Vabadussoja_Ajaloo_Komitee, lk 107
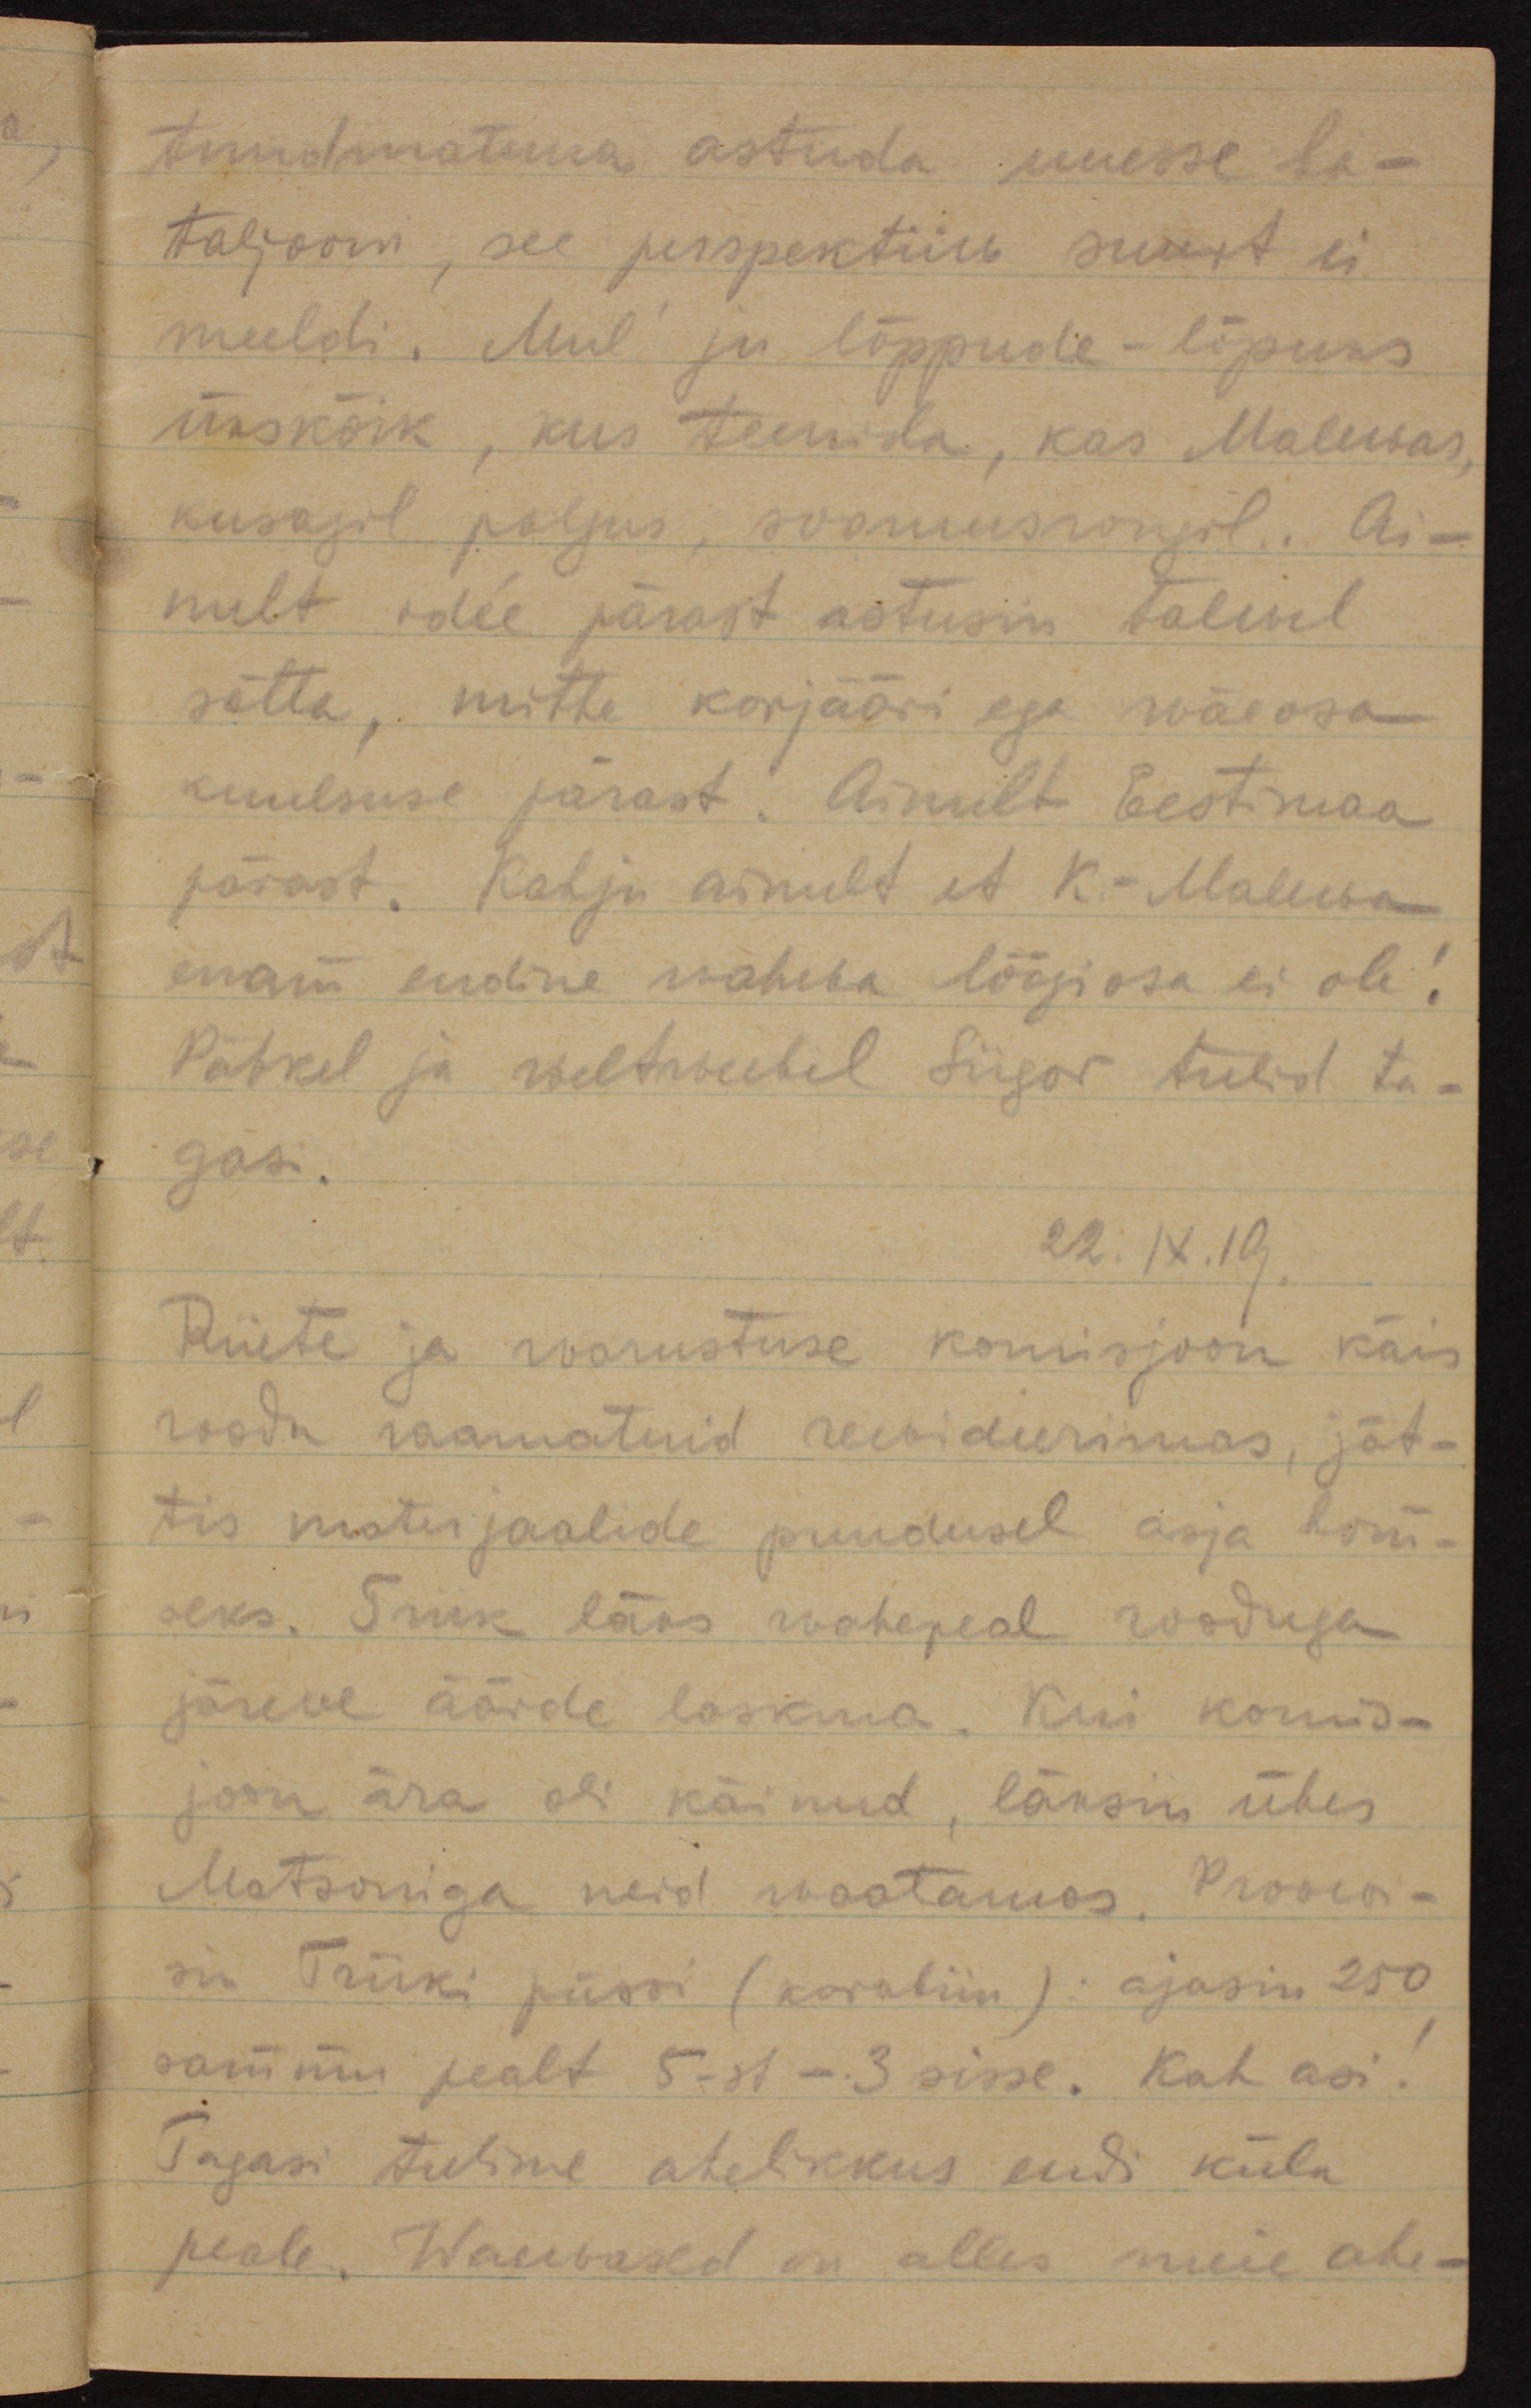
tundmatuna astuda uuesse ba-
taljooni, see perspektiiw suurest ei
meeldi. Mul ju lõppude-lõpuks
ükskõik, kus teenida, kas Malewas,
kusagil polgus, soomusrongil. Ai-
nult idee pärast astusin talwel
sõtta, mitte karjääri ega wäeosa
kuulsuse pärast. Ainult Eestimaa
pärast. Kahju ainult et K - Malewa
enam endine wahwa löögiosa ei ole!
Pähkel ja weltweebel Siigor tulid ta-
gasi.
22.IX.19
Riiete ja warustuse komisjoon käis
roodu raamatuid rewideerimas, jät-
tis materjaalide puudusel asja hom-
seks. Triik läks wahepeal rooduga
järwe äärde laskma. Kui komis-
joon ära oli käinud, läksin ühes
Matsoniga neid waatamas. Proovi-
sin Triiki püssi (karabiin): ajasin 250
sammu pealt 5-st - 3 sisse. Kah asi!
Tagasi tulime ahelikkus endi küla
peale. Waenlased on alles meie ahe-